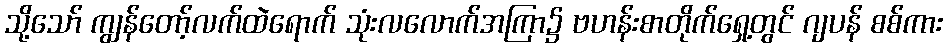
သို့သော် ကျွန်တော့်လက်ထဲရောက် သုံးလလောက်အကြာ၌ ဗဟန်းစာတိုက်ရှေ့တွင် ဂျပန် စစ်ကား